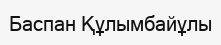
Баспан Құлымбайұлы